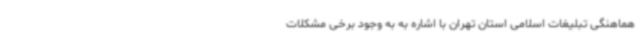
هماهنگی تبلیغات اسلامی استان تهران با اشاره به به وجود برخی مشکلات